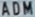
ADM